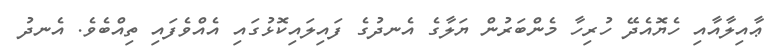
ޢާއިލާއާއި ހެޔޮއެދޭ ހުރިހާ މެންބަރުން ޔަލާގެ އެނދުގެ ފައިލައިކޮޅުގައި އެއްވެފައި ތިއްބެވެ. އެނދު